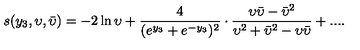
s ( y _ { 3 } , \upsilon , \bar { \upsilon } ) = - 2 \ln \upsilon + \frac { 4 } { ( e ^ { y _ { 3 } } + e ^ { - y _ { 3 } } ) ^ { 2 } } \cdot \frac { \upsilon { \bar { \upsilon } } - { \bar { \upsilon } ^ { 2 } } } { \upsilon ^ { 2 } + { \bar { \upsilon } } ^ { 2 } - \upsilon { \bar { \upsilon } } } + . . . .